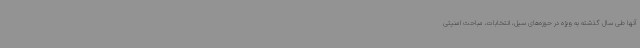
آنها طی سال گذشته به ویژه در حوزه‌های سیل، انتخابات، مباحث امنیتی